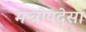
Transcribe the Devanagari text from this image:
मन्त्रोपदेसा